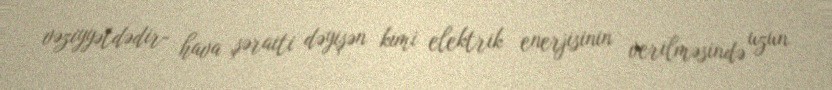
vəziyyətdədir- hava şəraiti dəyişən kimi elektrik enerjisinin verilməsində uzun